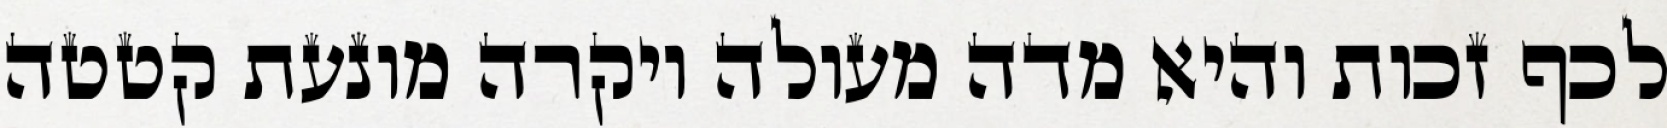
לכף זכות והיא מדה מעולה ויקרה מונעת קטטה